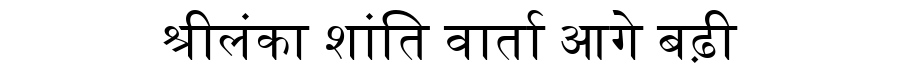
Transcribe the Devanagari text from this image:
श्रीलंका शांति वार्ता आगे बढ़ी